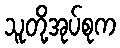
သူတို့အုပ်စုက